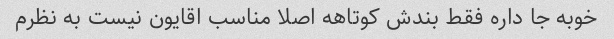
خوبه جا داره فقط بندش کوتاهه اصلا مناسب اقایون نیست به نظرم